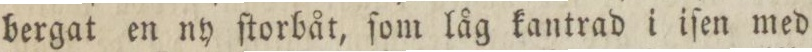
bergat en ny ſtorbåt, ſom låg kantrad i iſen med